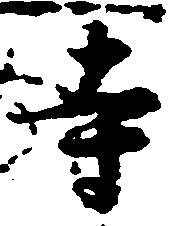
寺